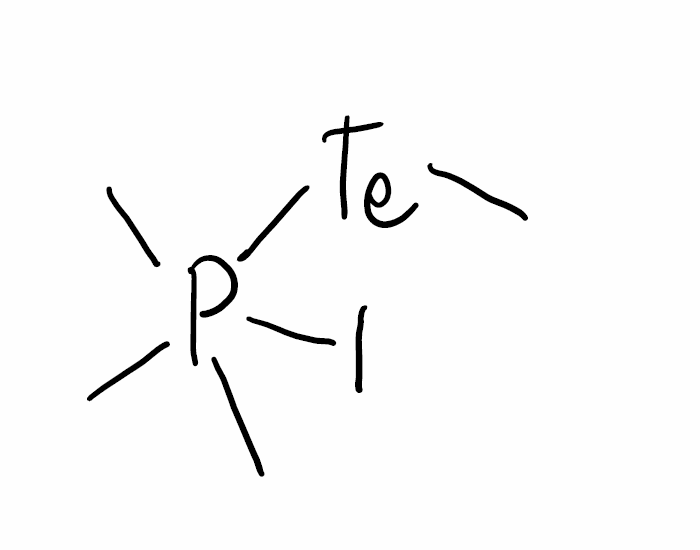
Simplified molecular-input line-entry system (SMILES) notation of the given molecule:
CP(C)(C)([Te]C)I